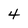
Character: 4